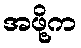
အဖို့က